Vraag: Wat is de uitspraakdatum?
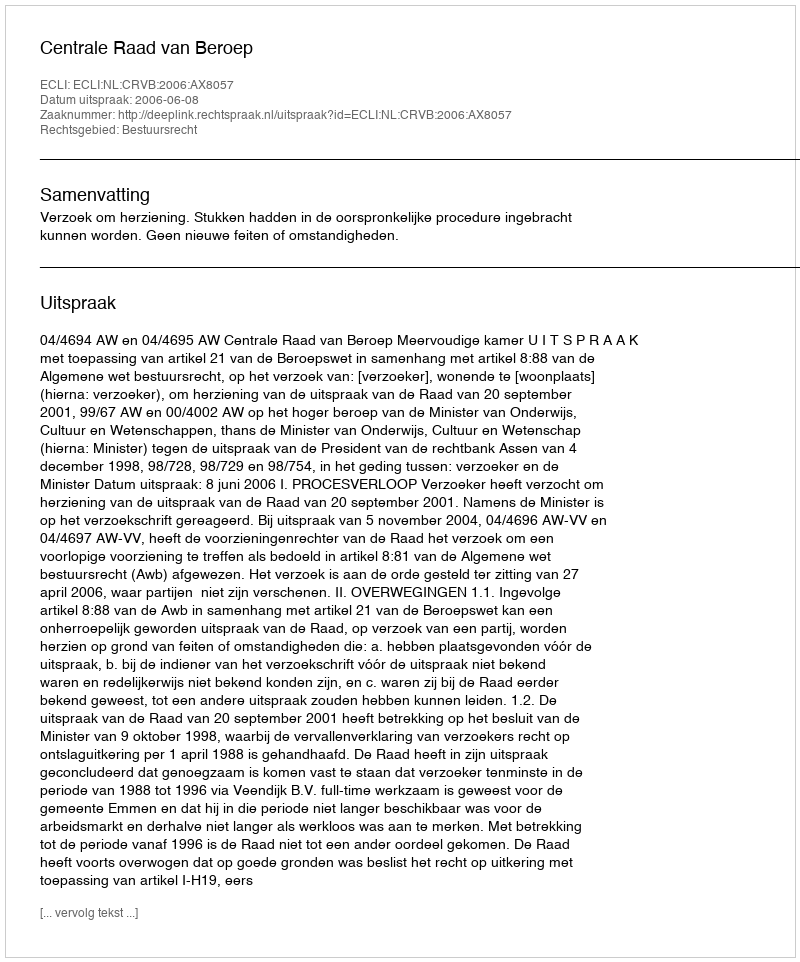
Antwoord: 2006-06-08